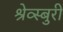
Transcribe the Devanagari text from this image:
श्रेव्स्बुरी